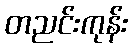
တညင်းကုန်း